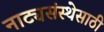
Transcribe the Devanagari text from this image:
नाट्यसंस्थेसाठी